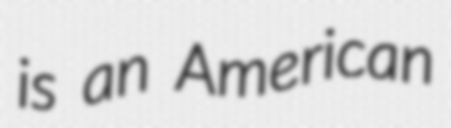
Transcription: is an American